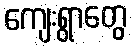
ကျေးရွာတွေ